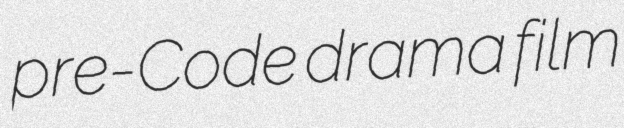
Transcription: pre-Code drama film